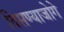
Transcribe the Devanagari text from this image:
दिसण्याजोगे